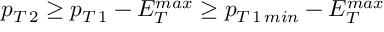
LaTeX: p _ { T \, 2 } \geq p _ { T \, 1 } - E _ { T } ^ { m a x } \geq p _ { T \, 1 \, m i n } - E _ { T } ^ { m a x }